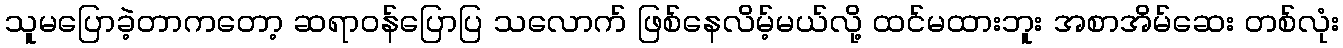
သူမပြောခဲ့တာကတော့ ဆရာဝန်ပြောပြ သလောက် ဖြစ်နေလိမ့်မယ်လို့ ထင်မထားဘူး အစာအိမ်ဆေး တစ်လုံး